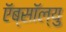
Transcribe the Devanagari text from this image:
ऍब्सॉल्यु